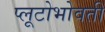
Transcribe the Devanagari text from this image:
प्लूटोभोवती